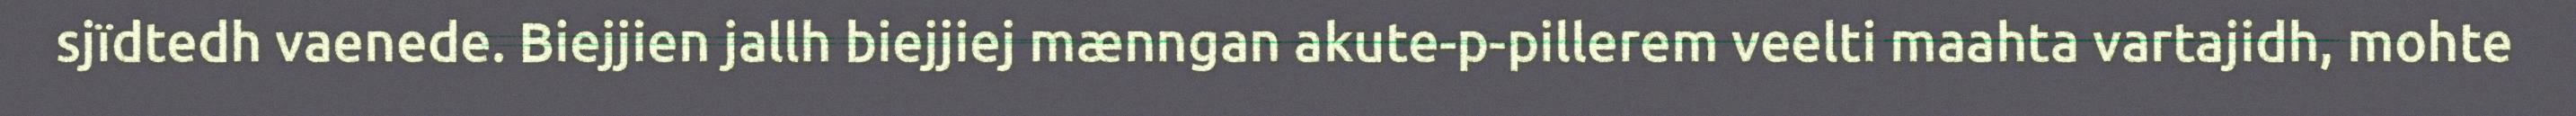
sjïdtedh vaenede. Biejjien jallh biejjiej mænngan akute-p-pillerem veelti maahta vartajidh, mohte